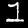
Digit: 1